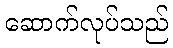
ဆောက်လုပ်သည်